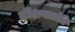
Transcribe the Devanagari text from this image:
दीक्षयाप्नोति